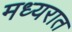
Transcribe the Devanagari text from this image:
मध्यरात